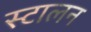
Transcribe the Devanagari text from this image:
स्टालन